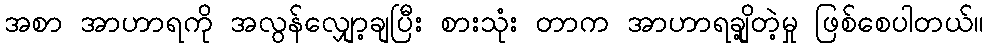
အစာ အာဟာရကို အလွန်လျှော့ချပြီး စားသုံး တာက အာဟာရချို့တဲ့မှု ဖြစ်စေပါတယ်။